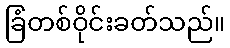
ခြံတစ်ဝိုင်းခတ်သည်။